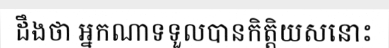
ដឹងថា អ្នកណាទទួលបានកិត្តិយសនោះ